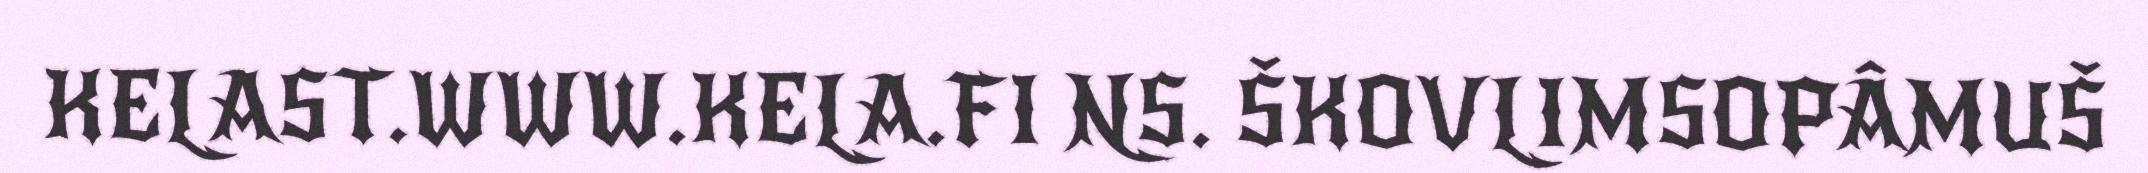
KELAST.WWW.KELA.FI NS. ŠKOVLIMSOPÂMUŠ